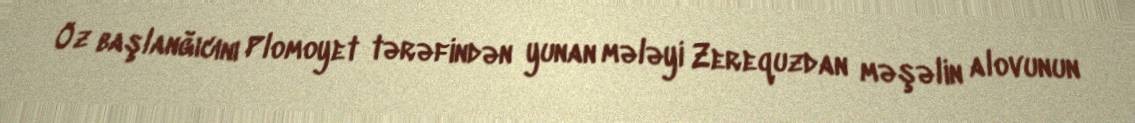
Öz başlanğıcını Plomoyet tərəfindən yunan mələyi Zerequzdan məşəlin alovunun